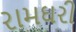
રામઘરી